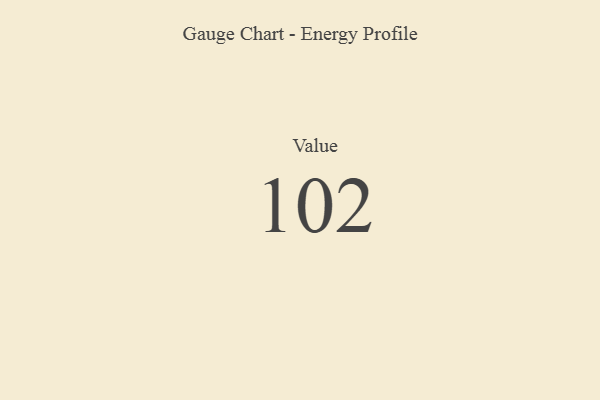
{"axis": {"x": "Metric", "y": "Value"}, "legend": [""], "data": [{"x": "Value", "y": 102, "type": ""}]}